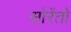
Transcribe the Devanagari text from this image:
सोरेंतो